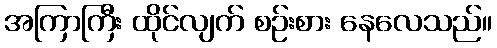
အကြာကြီး ထိုင်လျက် စဉ်းစား နေလေသည်။